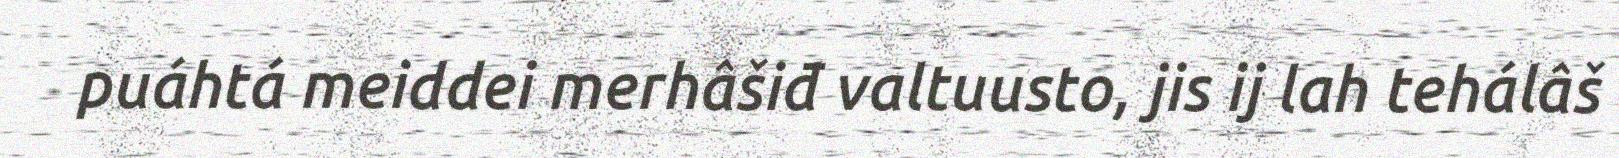
puáhtá meiddei merhâšiđ valtuusto, jis ij lah tehálâš